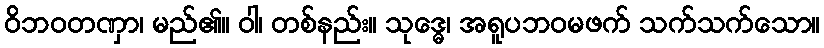
ဝိဘဝတဏှာ၊ မည်၏။ ဝါ၊ တစ်နည်း။ သုဒ္ဓေ၊ အရူပဘဝမဖက် သက်သက်သော။